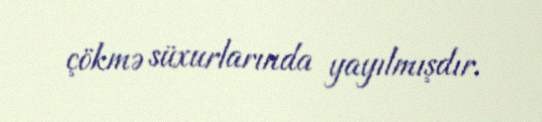
çökmə süxurlarında yayılmışdır.